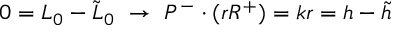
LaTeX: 0 = L _ { 0 } - \tilde { L } _ { 0 } ~ \rightarrow ~ P ^ { - } \cdot ( r R ^ { + } ) = k r = h - \tilde { h }